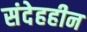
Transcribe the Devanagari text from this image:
संदेहहीन